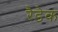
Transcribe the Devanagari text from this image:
रैडेक